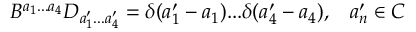
B ^ { a _ { 1 } . . . a _ { 4 } } D _ { a _ { 1 } ^ { \prime } . . . a _ { 4 } ^ { \prime } } = \delta ( a _ { 1 } ^ { \prime } - a _ { 1 } ) . . . \delta ( a _ { 4 } ^ { \prime } - a _ { 4 } ) , \; \; \; a _ { n } ^ { \prime } \in C